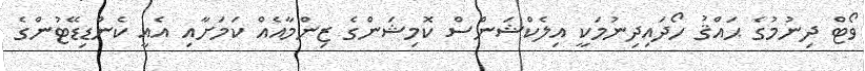
ވޯޓް ދިނުމުގެ ޙައްޤު ހޯދައިދިނުމަކީ އިލެކްޝަންސް ކޮމިޝަންގެ ޒިންމާއެއް ކަމަށާއި އެއީ ކެންޑިޑޭޓުންގެ